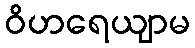
ဝိဟရေယျာမ